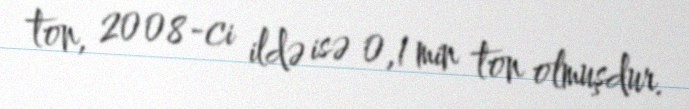
ton, 2008-ci ildə isə 0,1 min ton olmuşdur.